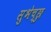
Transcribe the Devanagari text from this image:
सुभेच्छु